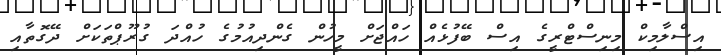
އިސްލާމިކް މިނިސްޓްރީގެ އިސް ބޭފުޅެއް ހައްޖަށް މީހުން ގެންދިއުމުގެ ހުއްދަ ގުރޫޕްތަކަށް ދޭގޮތާއި